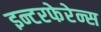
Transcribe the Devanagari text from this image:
इन्टरफेरेन्स